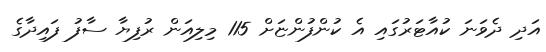
އަދި ދެވަނަ ކުއާޓަރުގައި އެ ކުންފުންޏަށް 115 މިލިއަން ރުފިޔާ ސާފު ފައިދާގެ